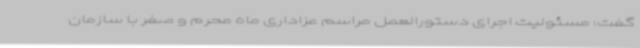
گفت: مسئولیت اجرای دستورالعمل مراسم عزاداری ماه محرم و صفر با سازمان